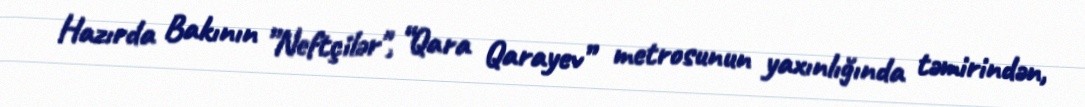
Hazırda Bakının ”Neftçilər", “Qara Qarayev” metrosunun yaxınlığında təmirindən,